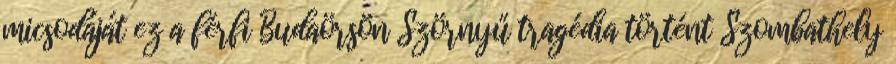
micsodáját ez a férfi Budaörsön Szörnyű tragédia történt Szombathely